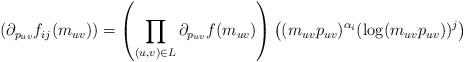
LaTeX: \begin{align*} \left( \partial_{p_{uv}}f_{ij}(m_{uv}) \right) &= \left(\prod_{(u,v) \in L} \partial_{p_{uv}}f(m_{uv})\right)\left( (m_{uv}p_{uv})^{\alpha_i}(\log (m_{uv}p_{uv}))^j\right) \end{align*}